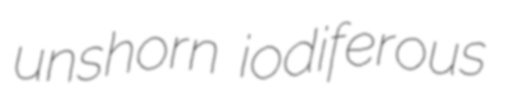
unshorn iodiferous